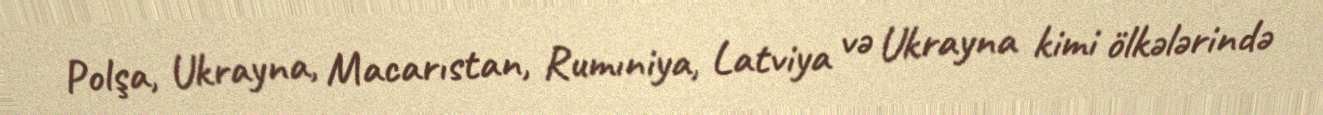
Polşa, Ukrayna, Macarıstan, Rumıniya, Latviya və Ukrayna kimi ölkələrində